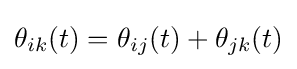
\theta _{ik}(t)=\theta _{ij}(t)+\theta _{jk}(t)